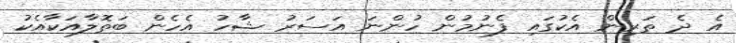
އެ ދެ ތަރިން އެކުގައި ފެނުމުން ހުންނަ އަސަރު ޝާހު އެހެން ބަތޮލާއަކާއެކު